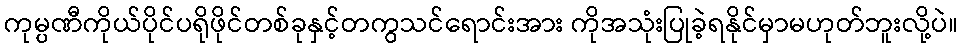
ကုမ္ပဏီကိုယ်ပိုင်ပရိုဖိုင်တစ်ခုနှင့်တကွသင်ရောင်းအား ကိုအသုံးပြုခဲ့ရနိုင်မှာမဟုတ်ဘူးလို့ပဲ။